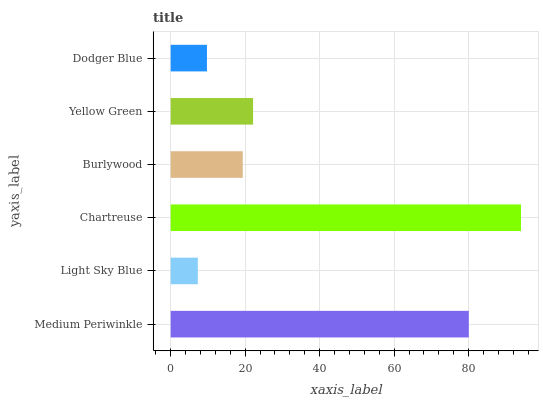
| yaxis_label | bars |
 | --- | --- |
 | Medium Periwinkle | 80.1 |
 | Light Sky Blue | 7.29 |
 | Chartreuse | 94.1 |
 | Burlywood | 19.4 |
 | Yellow Green | 22.1 |
 | Dodger Blue | 9.74 |